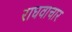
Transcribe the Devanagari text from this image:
राघवाचार